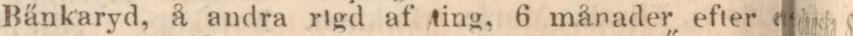
Bänkaryd, å andra rtgd af ting, 6 månader efter